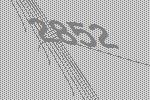
2852